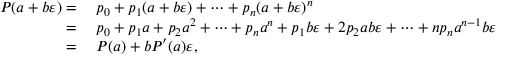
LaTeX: \begin{array} { r l } { P ( a + b \varepsilon ) = { } } & { { } p _ { 0 } + p _ { 1 } ( a + b \varepsilon ) + \cdots + p _ { n } ( a + b \varepsilon ) ^ { n } } \\ { = { } } & { { } p _ { 0 } + p _ { 1 } a + p _ { 2 } a ^ { 2 } + \cdots + p _ { n } a ^ { n } + p _ { 1 } b \varepsilon + 2 p _ { 2 } a b \varepsilon + \cdots + n p _ { n } a ^ { n - 1 } b \varepsilon } \\ { = { } } & { { } P ( a ) + b P ^ { \prime } ( a ) \varepsilon , } \end{array}